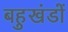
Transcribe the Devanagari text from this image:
बहुखंडों